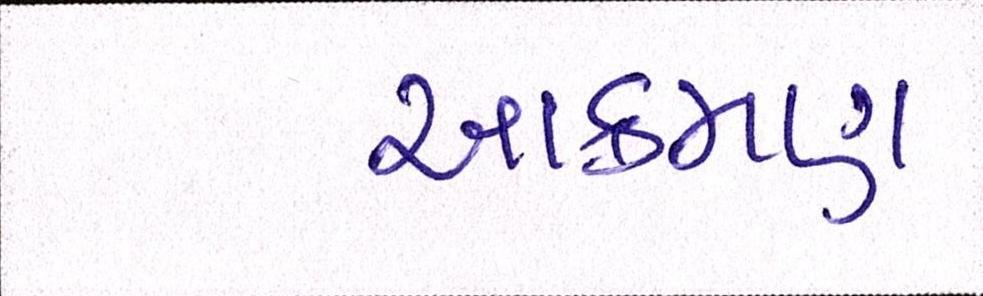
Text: આક્રમણ